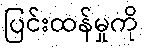
ပြင်းထန်မှုကို